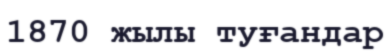
1870 жылы туғандар